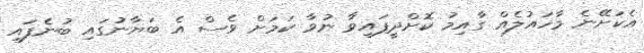
އެކަށޭނެ މާހައުލެއް ގާއިމު ކޮށްދީފައިވާ ނުވާ ކަމަށް ވެސް އެ ބަޔާނުގައި ބުނެފައި